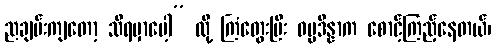
ညချမ်းကျတော့ သိရမှာပေါ့” လို့ ကြံတွေးပြီး ဓမ္မဒိန္နာက စောင့်ကြည့်နေတယ်၊